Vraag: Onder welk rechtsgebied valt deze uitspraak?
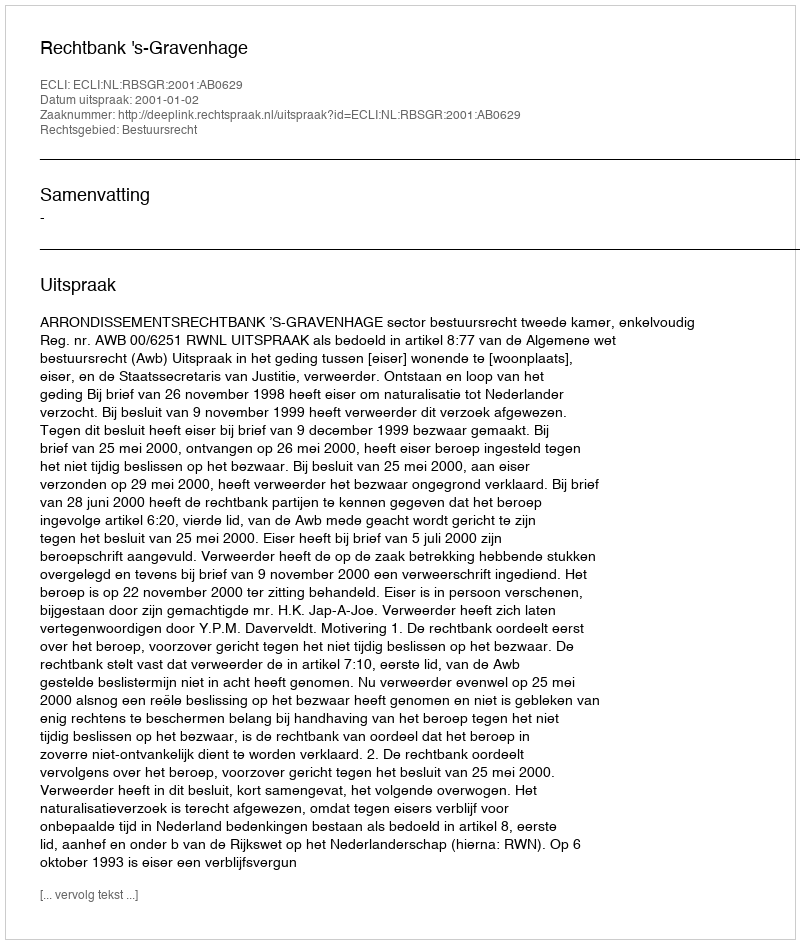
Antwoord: Bestuursrecht